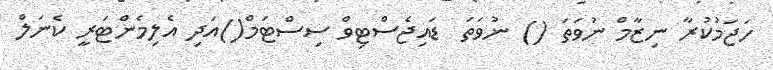
ހަޖަމުކުރާ ނިޒާމް ނުވަތަ () ނުވަތަ  ޑައިޖެސްޓިވް ސިސްޓަމް()އަދި އެލިމެންޓަރީ ކެނަލް